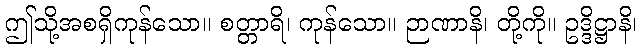
ဤသို့အစရှိကုန်သော။ စတ္တာရိ၊ ကုန်သော။ ဉာဏာနိ၊ တို့ကို။ ဥဒ္ဒိဋ္ဌာနိ၊